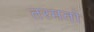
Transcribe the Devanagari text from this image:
तरमतो